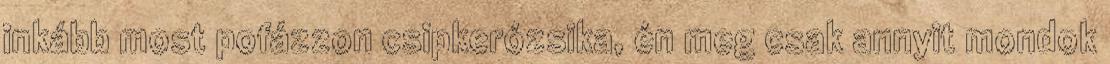
inkább most pofázzon csipkerózsika, én meg csak annyit mondok